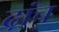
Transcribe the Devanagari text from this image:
ढ़ांच